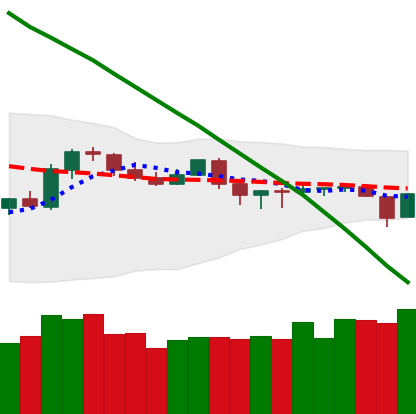
Ticker: TRX-USD
Chart end date: 2019-10-24
Forward return: 43.751%
Label: up_7plus